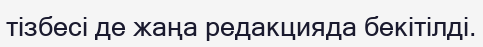
тізбесі де жаңа редакцияда бекітілді.